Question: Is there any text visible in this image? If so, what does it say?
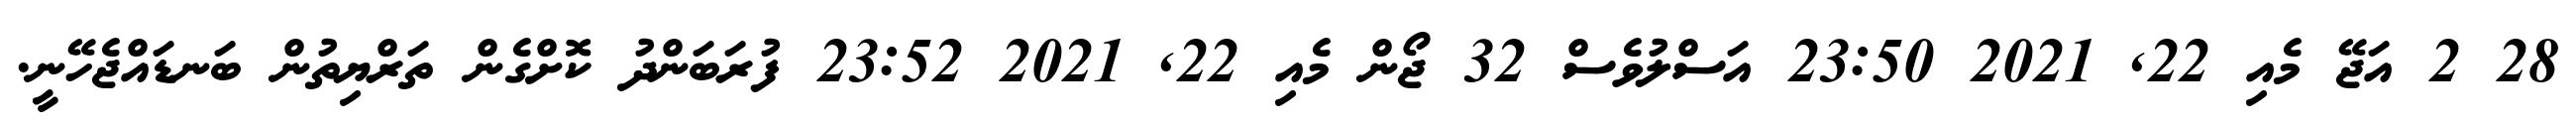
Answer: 28 2 އަޖޭ މެއި 22, 2021 23:50 އަސްލުވެސް 32 ޖޯން މެއި 22, 2021 23:52 ފުރަބަންދު ކޮށްގެން ތަރްޔިތުން ބަނޑައްޖެހޭނީ.